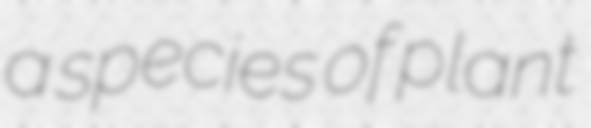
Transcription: a species of plant